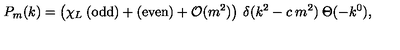
P _ { m } ( k ) = \left( \chi _ { L } \: { \mathrm { ( o d d ) } } + { \mathrm { ( e v e n ) } } + { \cal { O } } ( m ^ { 2 } ) \right) \: \delta ( k ^ { 2 } - c \: m ^ { 2 } ) \: \Theta ( - k ^ { 0 } ) ,